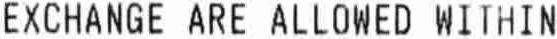
EXCHANGE ARE ALLOWED WITHIN